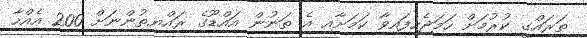
ތަރައްގީ ކުރުމަށް ހަމަޖެހިފައިވާ ކަމަށާއި އެ ތަނުން އައްޑޫގެ ރައްޔިތުންނަށް 200 އެއްހާ